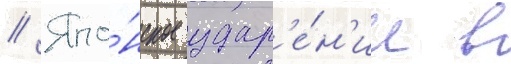
// Япо́нское удар'е́н'ие в